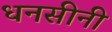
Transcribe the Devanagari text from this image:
धनसीनी